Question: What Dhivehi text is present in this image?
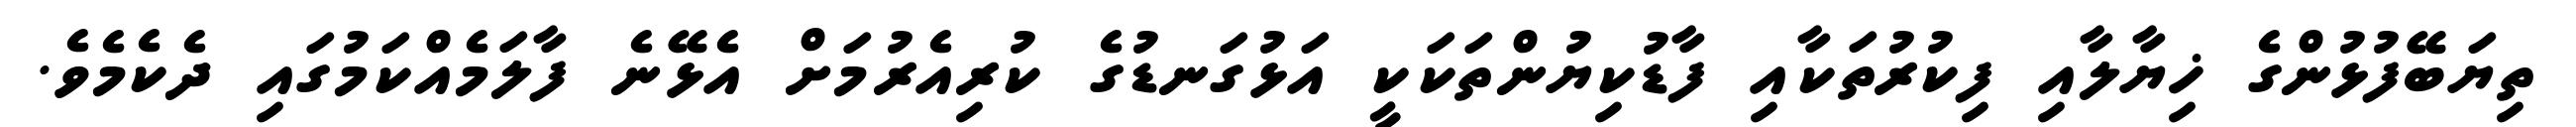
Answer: ތިޔަބޭފުޅުންގެ ޚިޔާލާއި ފިކުރުތަކާއި ފާޑުކިޔުންތަކަކީ އަޅުގަނޑުގެ ކުރިއެރުމަށް އެޅޭނެ ފާލަމެއްކަމުގައި ދެކެމެވެ.